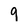
Character: 9